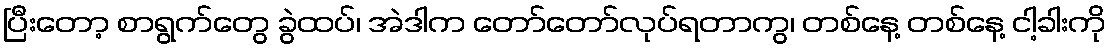
ပြီးတော့ စာရွက်တွေ ခွဲထပ်၊ အဲဒါက တော်တော်လုပ်ရတာကွ၊ တစ်နေ့ တစ်နေ့ ငါ့ခါးကို